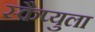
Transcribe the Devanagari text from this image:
स्कैप्युला